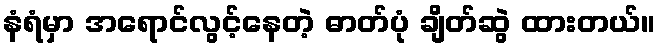
နံရံမှာ အရောင်လွင့်နေတဲ့ ဓာတ်ပုံ ချိတ်ဆွဲ ထားတယ်။